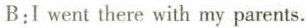
B:I went there with my parents.